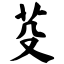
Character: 芟